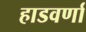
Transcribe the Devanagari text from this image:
हाडवर्णा